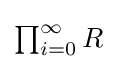
{\textstyle \prod _{i=0}^{\infty }R}